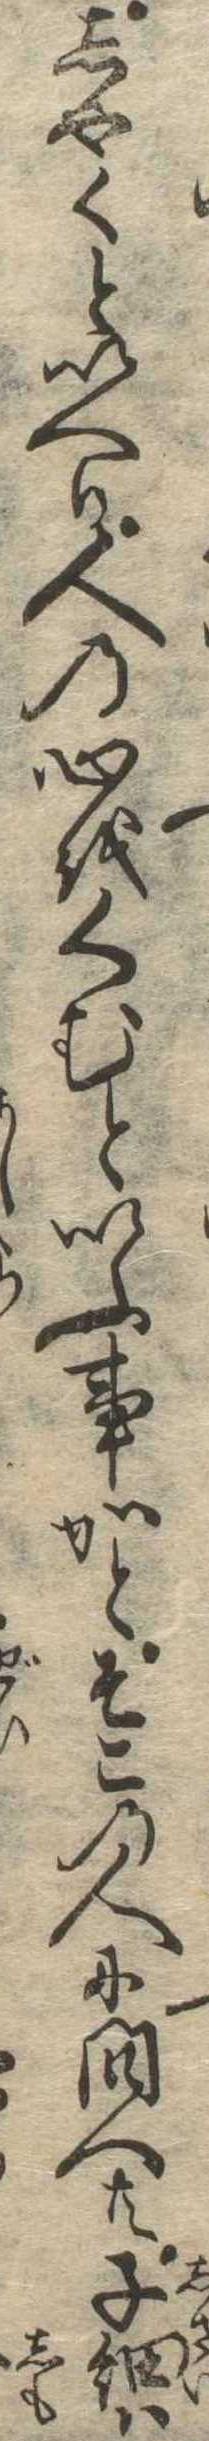
しやくといへり人の心をくむといふ事かとそこの人に問へ共子細は